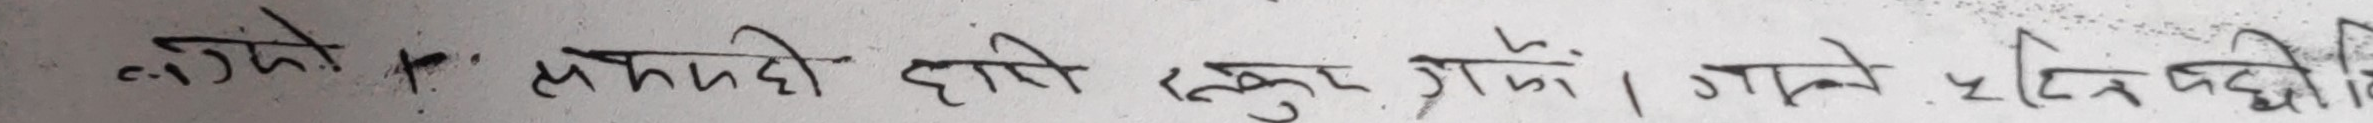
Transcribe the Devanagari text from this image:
अन्तेर सम्झदो होइ रकुर गैयो। यतेर पर्छी